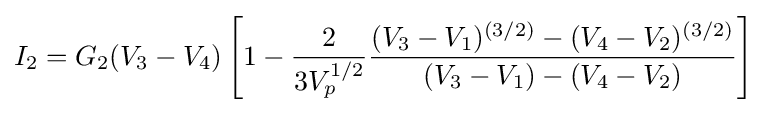
I_{2}=G_{2}(V_{3}-V_{4})\left[1-{\frac {2}{3V_{p}^{1/2}}}{\frac {(V_{3}-V_{1})^{(3/2)}-(V_{4}-V_{2})^{(3/2)}}{(V_{3}-V_{1})-(V_{4}-V_{2})}}\right]